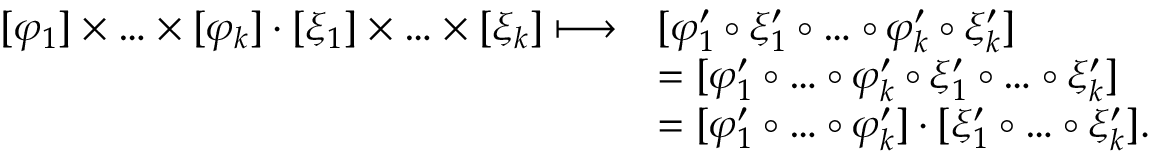
\begin{array} { r l } { [ \varphi _ { 1 } ] \times \ldots \times [ \varphi _ { k } ] \cdot [ \xi _ { 1 } ] \times \ldots \times [ \xi _ { k } ] \longmapsto } & { [ \varphi _ { 1 } ^ { \prime } \circ \xi _ { 1 } ^ { \prime } \circ \ldots \circ \varphi _ { k } ^ { \prime } \circ \xi _ { k } ^ { \prime } ] } \\ & { = [ \varphi _ { 1 } ^ { \prime } \circ \ldots \circ \varphi _ { k } ^ { \prime } \circ \xi _ { 1 } ^ { \prime } \circ \ldots \circ \xi _ { k } ^ { \prime } ] } \\ & { = [ \varphi _ { 1 } ^ { \prime } \circ \ldots \circ \varphi _ { k } ^ { \prime } ] \cdot [ \xi _ { 1 } ^ { \prime } \circ \ldots \circ \xi _ { k } ^ { \prime } ] . } \end{array}